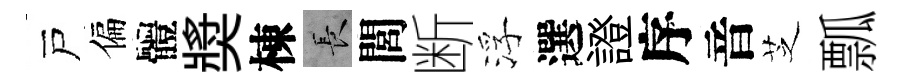
戸偏體奬棟长閭断浮選證序音芝瓢